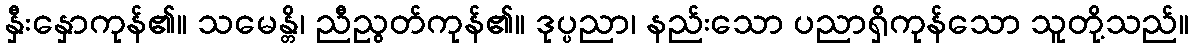
နှီးနှောကုန်၏။ သမေန္တိ၊ ညီညွတ်ကုန်၏။ ဒုပ္ပညာ၊ နည်းသော ပညာရှိကုန်သော သူတို့သည်။